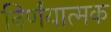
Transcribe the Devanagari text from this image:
निर्णंयात्मक